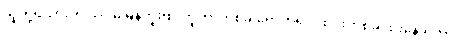
သူတို့ရထားက သိပ်မမြန်ဘူးဗျ၊ ဘူတာတစ်ခါရောက်ရင် ထင်းတစ်ခါထိုးနေ ရတာ